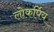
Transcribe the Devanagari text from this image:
लोकर्पिय